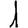
Digit: 1